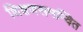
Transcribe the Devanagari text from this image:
शिक्षणसमन्वित